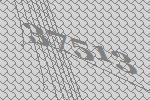
37513